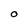
Character: O